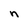
Character: n